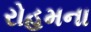
રોહમના